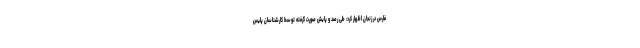
فارس در زنجان اظهار کرد: طی رصد و پایش صورت گرفته توسط کارشناسان پلیس